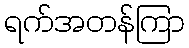
ရက်အတန်ကြာ